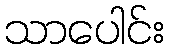
သာပေါင်း